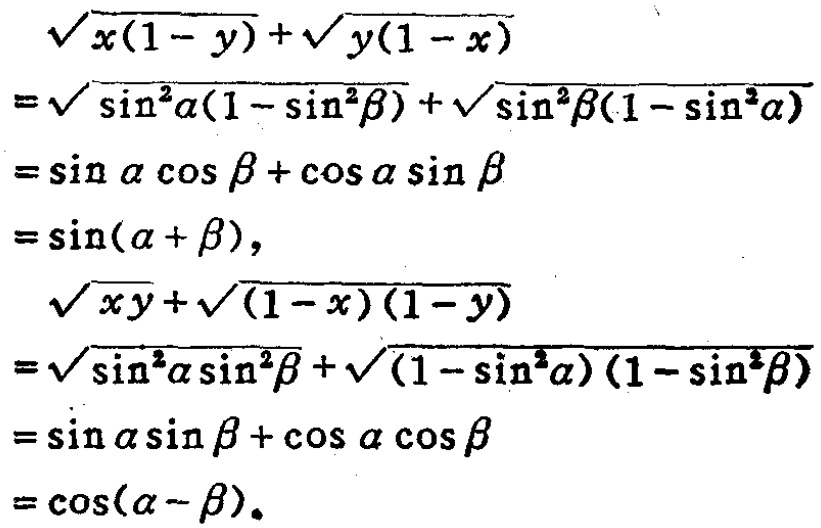
\[

\begin{align*}

&\sqrt{x(1 - y)}+\sqrt{y(1 - x)}\\

=&\sqrt{\sin^{2}\alpha(1 - \sin^{2}\beta)}+\sqrt{\sin^{2}\beta(1 - \sin^{2}\alpha)}\\

=&\sin\alpha\cos\beta+\cos\alpha\sin\beta\\

=&\sin(\alpha + \beta),\\

&\sqrt{xy}+\sqrt{(1 - x)(1 - y)}\\

=&\sqrt{\sin^{2}\alpha\sin^{2}\beta}+\sqrt{(1 - \sin^{2}\alpha)(1 - \sin^{2}\beta)}\\

=&\sin\alpha\sin\beta+\cos\alpha\cos\beta\\

=&\cos(\alpha - \beta).

\end{align*}

\]